[Report on the health of British troops in the Madras command]
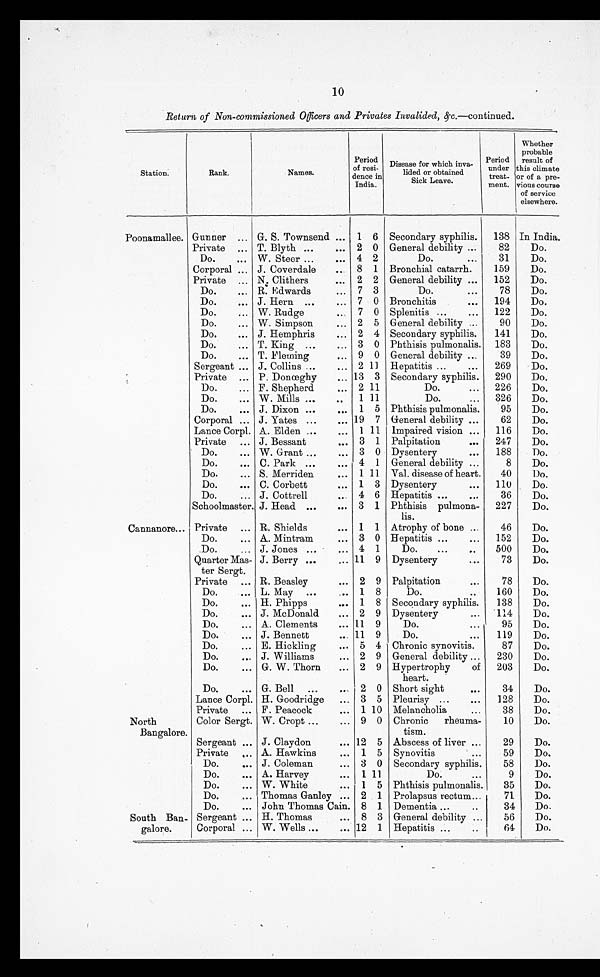
10
Return of Non-commissioned Officers and Privates Invalided, &c. —continued.
Station.
Rank.
Names.
Period
of resi-
dence in
India.
Disease for which inva-
lided or obtained
.
Leave.
Period
under
treat-
ment.
Whether
probable
result of
this climate
or of a pre-
vious course
of service
elsewhere.
Poonamallee. Gunner ... G. S. Townsend ... 1 6 Secondary syphilis.
138 In India.
Private ... T. Blyth ...
...
2 0 General debility ...
82
Do.
Do.
... W. Steer ...
...
4 2
Do.
...
31
Do.
Corporal ... J. Coverdale
...
8 1 Bronchial catarrh.
159
Do.
Private ... N. Clithers
...
2 2 General debility ...
152
Do.
Do.
... R. Edwards
...
7 3
Do.
...
78
Do.
Do.
... J. Hern ...
...
7 0 Bronchitis
...
194
Do.
Do.
W. Rudge
...
7 0 Splenitis ...
...
122
Do.
Do.
... W. Simpson
...
2 5 General debility ...
90
Do.
Do.
... J. Hemphris
...
2 4 Secondary syphilis.
141
Do.
Do.
... T. King ...
...
3 0 Phthisis pulmonalis. 183
Do.
Do.
... T. Fleming
...
9 0 General debility ...
39
Do.
Sergeant ... J. Collins ...
...
2 11 Hepatitis ...
...
269
Do.
Private ... P. Donœghy
...
13 3 Secondary syphilis.
290
Do.
Do.
... F. Shepherd
...
2 11
Do.
...
226
Do.
Do.
... W. Mills ...
...
1 11
Do.
...
326
Do.
Do.
... J. Dixon ...
...
1 5 Phthisis pulmonalis.
95
Do.
Corporal ... J. Yates ...
...
19 7 General debility ...
62
Do.
Lance Corpl. A. Elden ...
...
1 11 Impaired vision ...
116
Do.
Private ... J. Bessant
...
3 1 Palpitation
...
247
Do.
Do.
... W. Grant ...
...
3 0 Dysentery
...
188
Do.
Do.
...
C. Park ...
...
4 1 General debility ...
8
Do.
Do.
... S. Merriden
...
1 11 Val. disease of heart.
40
Do.
Do.
... C. Corbett
...
1 3 Dysentery
...
110
Do.
Do.
... J. Cottrell
...
4 6 Hepatitis ...
...
36
Do.
Schoolmaster. J. Head ...
... 3 1 Phthisis pulmona-
lis.
227
Do.
Cannanore... Private ... R. Shields
... 1 1 Atrophy of bone ...
46
Do.
Do.
... A. Mintram
... 3 0 Hepatitis ...
...
152
Do.
Do.
... J. Jones ...
... 4 1
Do.
...
...
500
Do.
Quarter Mas-
ter Sergt.
J. Berry ...
... 11 9 Dysentery
...
73
Do.
Private ... R. Beasley
... 2 9 Palpitation
...
78
Do.
Do.
L. May ...
... 1 8
Do.
..
160
Do.
Do.
... H. Phipps
... 1. 8 Secondary syphilis.
138
Do.
Do.
... J. McDonald
... 2 9 Dysentery
...
114
Do.
Do.
... A. Clements
... 11 9
Do.
...
95
Do.
Do.
... J. Bennett
... 11 9
Do.
...
119
Do.
Do.
... E. Hickling
... 5 4 Chronic synovitis.
87
Do.
Do.
... J. Williams
... 2 9 General debility ...
230
Do.
Do.
... G. W. Thorn
... 2 9 Hypertrophy
of
heart.
203
Do.
Do.
... G. Bell
...
.... 2 0 Short sight
...
34
Do.
Lance Corpl. H. Goodridge
... 3 5 Pleurisy ...
...
128
Do.
Private ... F. Peacock
... 1 10 Melancholia
...
38
Do.
North
Bangalore.
Color Sergt. W. Crop ...
... 9 0 Chronic
rheuma-
tism.
10
Do.
Sergeant ... J. Claydon
... 12 5 Abscess of liver ...
29
Do.
Private ... A. Hawkins
... 1 5 Synovitis
...
59
Do.
Do.
... J. Coleman
... 3 0 Secondary syphilis.
58
Do.
Do.
... A. Harvey
... 1 11
Do.
...
9
Do.
Do.
... W. White
... 1 5 Phthisis pulmonalis.
35
Do.
Do.
... Thomas Ganley ... 2 1 Prolapsus rectum...
71
Do.
Do.
... John Thomas Cain. 8 1 Dementia ...
..
34
Do.
South Ban-
galore.
Sergeant ... H. Thomas
... 8 3 General debility ...
56
Do.
Corporal ... W. Wells ...
... 12 1 Hepatitis ...
..
64
Do.